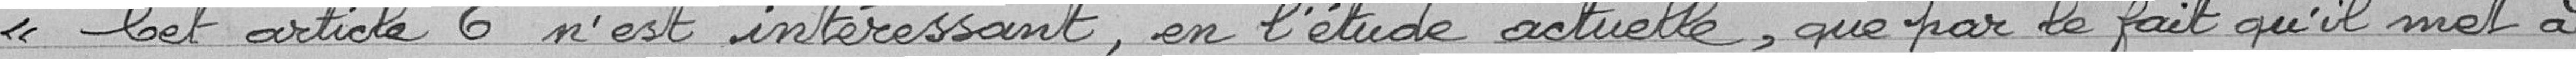
Cet article 6 n'est intéressant, en l'étude actuelle, que par le fait qu'il met à